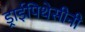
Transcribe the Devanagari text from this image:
ड्राईपिथेसीनी